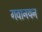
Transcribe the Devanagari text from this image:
गवानयन